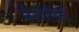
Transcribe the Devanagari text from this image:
जैवयांत्रिकी